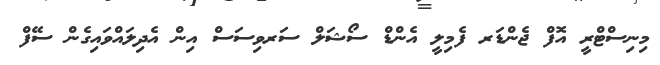
މިނިސްޓްރީ އޮފް ޖެންޑަރ ފެމިލީ އެންޑް ސޯޝަލް ސަރވިސަސް އިން އެދިލައްވައިގެން ސޭފް